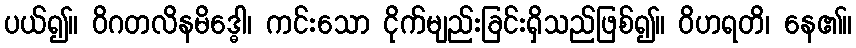
ပယ်၍။ ဝိဂတလိနမိဒ္ဓေါ၊ ကင်းသော ငိုက်မျည်းခြင်းရှိသည်ဖြစ်၍။ ဝိဟရတိ၊ နေ၏။